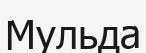
Мульда